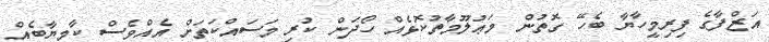
އަޒްފާގެ ފިރިމީހާޔާ ބެހޭ ގޮތުން މަޢުލޫމާތުކޮޅެއް ހޯދަން ކުރި މަސައްކަތަށް އެއްވެސް ކާމިޔާބެއް